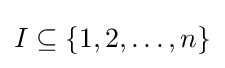
I\subseteq \{1,2,\ldots ,n\}